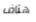
هتاف